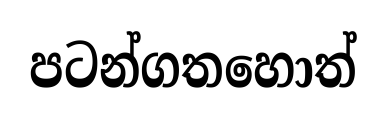
පටන්ගතහොත්